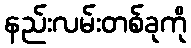
နည်းလမ်းတစ်ခုကို